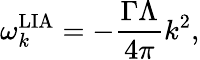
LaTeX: \omega_{k}^{\mathrm{LIA}}=-\frac{\Gamma\Lambda}{4\pi}k^{2},